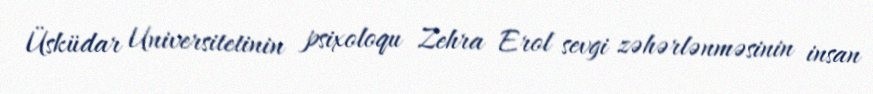
Üsküdar Universitetinin psixoloqu Zehra Erol sevgi zəhərlənməsinin insan